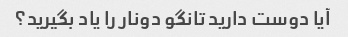
آیا دوست دارید تانگو دونار را یاد بگیرید؟